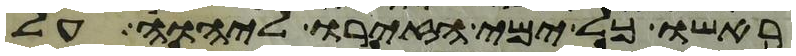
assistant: ראשו כל ימי הזירו ליהוה על